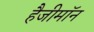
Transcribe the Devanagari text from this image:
हैजीमॉन